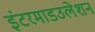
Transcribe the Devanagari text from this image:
इंटरमाडउलेशन